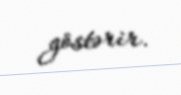
göstərir.